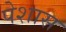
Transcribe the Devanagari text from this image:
पेशास